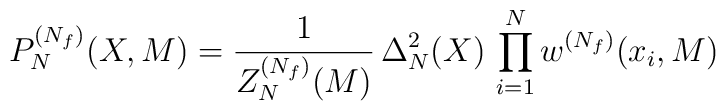
P_N^{(N_f)}(X,M) = \frac{1}{Z_N^{(N_f)}(M)} \, \Delta_N^2(X) \,                  \prod_{i=1}^N w^{(N_f)}(x_i,M)